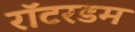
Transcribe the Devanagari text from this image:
रॉटरडम